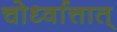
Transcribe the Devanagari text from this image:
चोर्ध्वात्तात्